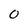
Character: 0